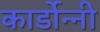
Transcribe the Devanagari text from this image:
कार्डोन्‍नी